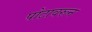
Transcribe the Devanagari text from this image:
पोटावरून